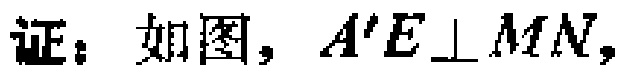
证：如图，$A'E\perp MN$，